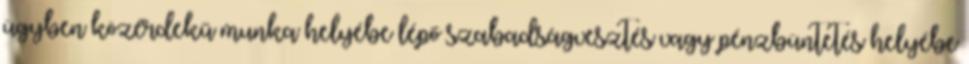
ügyben közérdekű munka helyébe lépő szabadságvesztés vagy pénzbüntetés helyébe